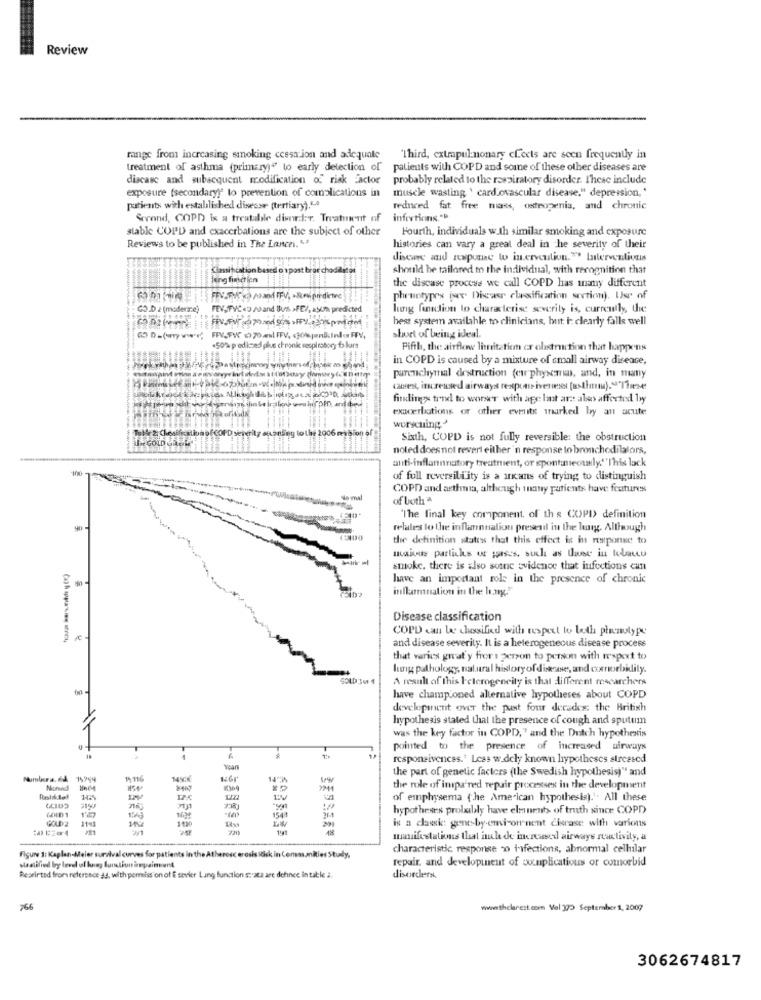
Review
range from increasing smoking cessation and adequate Third, extrapulmonary clocts are seen frequently in
treatment of asthma (primary)" to early detection of
patients with COPD and some of these other diseases are
discase and subsequent modification of riak Factor
probably related to the respiratory disorder. These include
exposure (secondary!" to prevention of complications in
muscle wasting ' cardiovascular disease." depression,'
patients with established disease (tertiary).L.
redneed fat free mans, osteopenia, and chronic
Strand, COPD is a treatable disorder, Treatment of infections."
stable COPD and exacerbations are the subject of other
Fourth, individuals w.Ih similar smoking and exposure
Reviews to be published in The Lances." .?
histories can vary a great deal in the severity of their
discuve and newpurie w intervention." Interventivais
Classification based o vpost bror chodalisar
should be tailored to the individual, with recognition that
lung finiaken
the disease process we call COPD has many different
phruntypes (v. Dicasr clarification section). Use of
GOLD 2 (moderate) FEV_TVCe9 / and Blues >FE/, asuma predicted
lung function to characterise severity is, currently, the
hest system available to clinicians, but i: clearly falls well
CO D=(wywww; FPV_FW 0 70 ewl FFV, compensi. Indor FPV,
short of being ideal.
.50% prediczed plus chronic respiratory failure
Pifth, the airflow limitatiem er olistruction that happens
in COPD is caused by a mixture of small airway disease,
parenchymal destruction (eur physemas, and, in many
causes, increased airways responsiveness [asthma).""These:
findings trend to worser with age lat ar: also affected by
exacerbations or other events marked by an acute
werycuing?
-----
Sixth, COPD is not fully reversible: the obstruction
noled doesnot revert either'n response to bronchodilators,
anti-inflannnatory treatment, or spontaneously.''This lack
of full reversibility is a arkans of trying to distinguish
COPD and asthma, although inany patients have features
of both
'The final key component. of th s COPI) definition
relates lo the inflannuation presenil in the lung. Although
the definition statess that this effect is in response to
maivue particks of purses, such as twee in bodutu
smoke. there is also some evidence that infections can
have an important role in the presence of chronic
inflammation in the hang."
Disease classification
COPD can be classified with respect to leth phenotype
and disease severity. It is a heterogeneous disease process
that varies great y fror 1 person to person with respect to
lung pathology, natural history of disease, and comorbidity.
A result of this Heterogeneity is that different researchers
have champ.oned alternative hypotheses about COPD
development over the past four decades: the British
hypothesis stated that the presence of cough and sputum
was the key factor in COPD," and the Dutch hypothesis
pointed to the presence of increased airways
responsiveness.' Lees w.dely known hypotheses stressed
Years
the part of genetic factors (the Swedish hypothesis)" and
Numbera. d& 15999
19116
Nunw
the role of inipa'red repair processes in the development
126
of emphysema (the American hypothesis)." All these
1549
hypotheses probably have elminents of truth since COPD
11-1
154
36-1
1y
-
is a classic: genes-by-ensi-or nent cierase with various
manifestations that ich de increasexl airways reactivity, a
Figure 3: Kaplan-Meier survival curves for patients in the At
characteristic response -o infections, abnormal celhilar
rosc erosis itisk in Comm.maties Study,
repair, and developinent of complications or comorbid
statified by level of hogy functionimpaimunt
Resrirted from reference as, with permission of E sevier Lung function : az are dehnce in table 2.
disorders.
766
wwwwwwthelarest.com Vol 170 September 1, 2007
3062674817